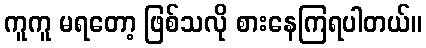
ကူကူ မရတော့ ဖြစ်သလို စားနေကြရပါတယ်။